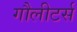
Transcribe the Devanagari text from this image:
गौलीटर्स